Lunatic asylums in Bengal annual reports 1888-1898 - 1888-1898
Year: 1888
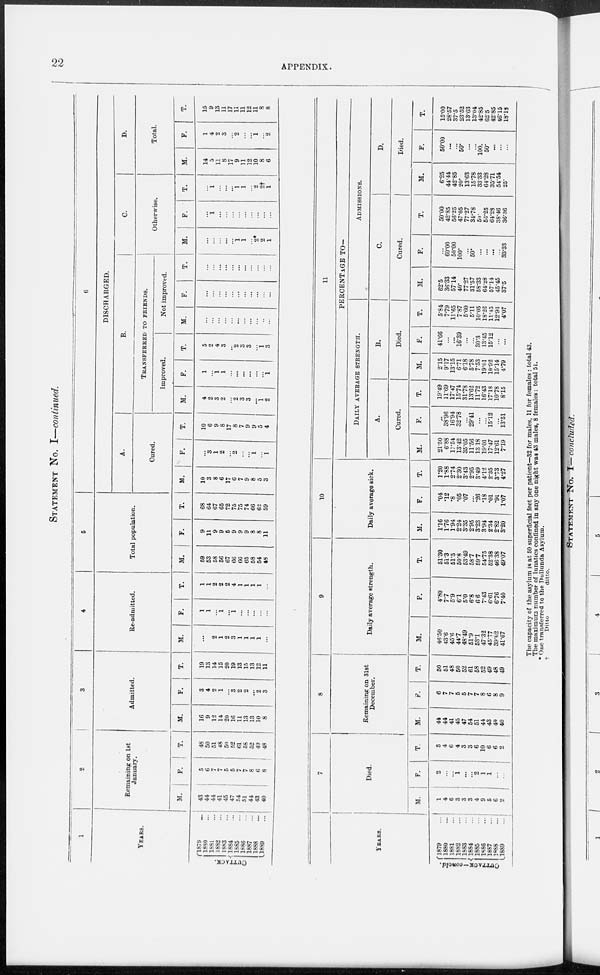
22
APPENDIX.
STATEMENT NO. I—continued.
1
YEARS.
CUTTACK.
1879
...
1880
...
1881
...
1882
...
1883
...
1884
...
1885
...
1886
...
1887
...
1888
...
1889
...
2
Remaining on 1st
January.
M.
43
44
44
41
45
47
54
51
44
43
40
F.
5
6
7
7
5
5
7
7
8
6
8
T.
48
50
51
48
50
52
61
58
52
49
48
3
Admitted.
M.
16
9
12
14
20
16
11
13
13
10
8
F.
3
4
2
1
...
3
2
2
...
2
3
T.
19
13
14
15
20
19
13
15
13
12
11
4
Re-admitted.
M.
...
...
2
1
2
3
1
1
1
1
...
F.
1
1
...
1
...
1
...
...
...
...
...
T.
1
1
2
2
2
4
1
1
1
1
...
5
Total population.
M.
59
53
58
56
67
66
66
65
58
54
48
F.
9
11
9
9
5
9
9
9
8
8
11
T.
68
64
67
65
72
75
75
74
66
62
59
6
DISCHARGED.
A.
Cured.
M.
10
3
8
6
17
6
7
9
8
5
3
F.
...
3
1
2
2
...
1
...
1
T.
10
6
9
8
17
8
7
9
9
5
4
B.
TRANSFERRED TO FRIENDS.
Improved.
M.
4
2
3
2
...
2
3
3
...
1
2
F.
1
...
1
1
...
...
...
...
...
...
1
T.
5
2
4
3
...
2
3
3
...
1
3
Not improved
M.
...
...
...
...
...
...
...
...
...
...
...
F.
...
...
...
...
...
...
...
...
...
...
...
T.
...
...
...
...
...
...
...
...
...
...
...
C.
Otherwise.
M.
...
...
...
...
...
1
1
...
2*
2
1
F.
...
1
...
...
...
...
...
...
...
...
...
T.
...
1
...
...
...
1
1
...
2
2†
1
D.
Total.
M.
14
5
11
8
17
9
11
12
10
8
6
F.
1
4
2
3
...
2
...
...
1
...
2
T.
15
9
13
11
17
11
11
12
11
8
8
YEARS.
CUTTACK—concld.
1879 ...
1880 ...
1881 ...
1882 ...
1883 ...
1884 ...
1885 ...
1886 ...
1887 ...
1888 ...
1889 ...
Died.
M.
1
4
6
3
3
3
4
9
5
6
2
F.
2
...
...
1
...
...
2
1
1
...
...
T.
3
4
6
4
3
3
6
10
6
6
2
8
Remaining on 31st
December.
M.
44
44
41
45
47
54
51
44
43
40
40
F.
6
7
7
5
5
7
7
8
6
8
9
T.
50
51
48
50
52
61
58
52
49
48
49
9
Daily average strength.
M.
46.50
43.6
45.6
44.7
48.49
51.9
53.1
47.32
45.77
39.62
41.67
F.
4.80
7.7
5.9
6.1
5.0
6.8
6.6
7.43
6.61
6.76
7.40
T.
51.30
51.3
51.5
50.8
53.49
58.7
59.7
54.75
52.38
46 38
49.07
10
Daily average sick.
M.
1.16
176
1.94
2.24
3.35
2.95
3.23
3.94
2.34
2.82
3.20
F.
.04
.12
.8
.05
.07
. ..
.26
.18
.01
.9l
1.07
T.
1.20
1.88
2.74
2.30
3.43
2.95
3.49
4.12
2.35
3.73
4.27
11
PERCENTAGE TO.
DAILLY AVERAGE STRENGHT.
A.
Cured.
M.
21.50
6.88
17.54
13.42
35.05
11.56
13.18
19.01
17.47
12.61
7.19
F.
...
88.98
16.94
32.78
...
29.41
...
...
15.12
...
13.51
T.
19.49
11.69
17.47
15.74
31.78
13.62
11.72
16.43
17.18
10.78
8.15
B.
Died.
M.
2.15
9.17
13.15
6.71
6.18
5.78
7.53
19.01
10.92
15.14
4.79
F.
41.66
...
...
16.39
...
...
30.3
13.45
15.12
...
...
T.
5.84
7.79
11.65
7.87
5.60
5.11
10.05
18.26
11.45
12.93
4.07
ADMISSIONS.
C.
Cured.
M.
62.5
36.33
57.14
40.
7727
31.57
58.33
64.28
57.14
45.45
37.5
F.
...
60.00
50.00
100.
...
50.
...
...
...
...
33.33
T.
50.00
42.85
56.25
47.05
77.27
34.78
50.
56.25
64.28
38.46
36.36
D.
Died.
M.
6.25
44.44
42.85
20.
1363
15.78
33.33
64.28
35.71
54.54
25.
F.
50.00
...
...
50.
...
...
100.
50.
...
...
...
T.
15.00
28.57
37.5
23.52
13.63
13.04
42.85
62.5
42.85
46.15
18.18
The capacity of the asylum is at 50 superficial feet per patient—32 for males, 11 for females: total 43.
The maximum number of lunatics confined in any one night was 43 males, 8 females: total 51.
* One transferred to the Dullunda Asylum.
‡
Ditto
ditto.